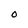
Character: O